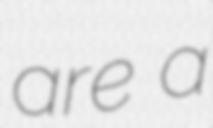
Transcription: are a